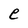
Character: e